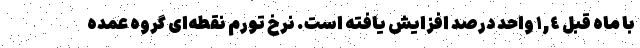
با ماه قبل ١,٤ واحد درصد افزایش یافته است. نرخ تورم نقطه‌ای گروه عمده